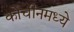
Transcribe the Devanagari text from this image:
कोचीनमध्ये